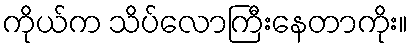
ကိုယ်က သိပ်လောကြီးနေတာကိုး။